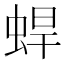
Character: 𰲼